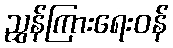
ညွှန်ကြားရေးဝန်